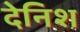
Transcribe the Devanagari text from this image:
देनिश